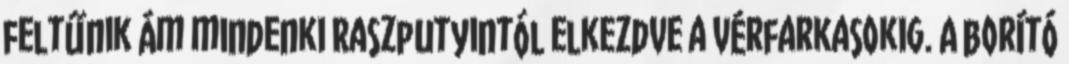
feltűnik ám mindenki Raszputyintól elkezdve a vérfarkasokig. A borító